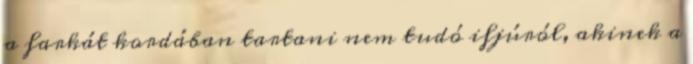
a farkát kordában tartani nem tudó ifjúról, akinek a